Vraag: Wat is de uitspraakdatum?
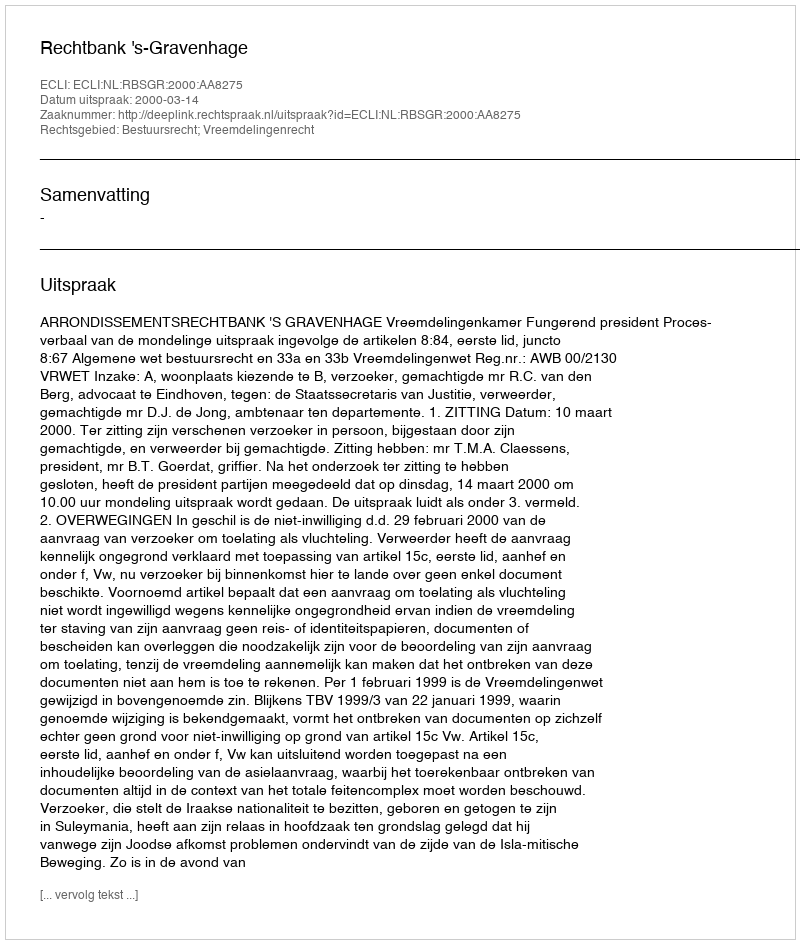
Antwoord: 2000-03-14